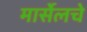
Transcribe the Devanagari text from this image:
मार्सेलचे